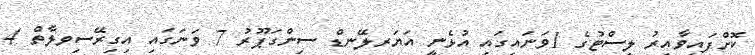
ކޮށްފައިވާއިރު ލިސްޓުގެ 1ވަނައިގައި އުޅެނީ އަޔަރލޭނޑް ސިންގަޕޫރު 7 ވަނަގައި އިގިރޭސިވލާތް 4